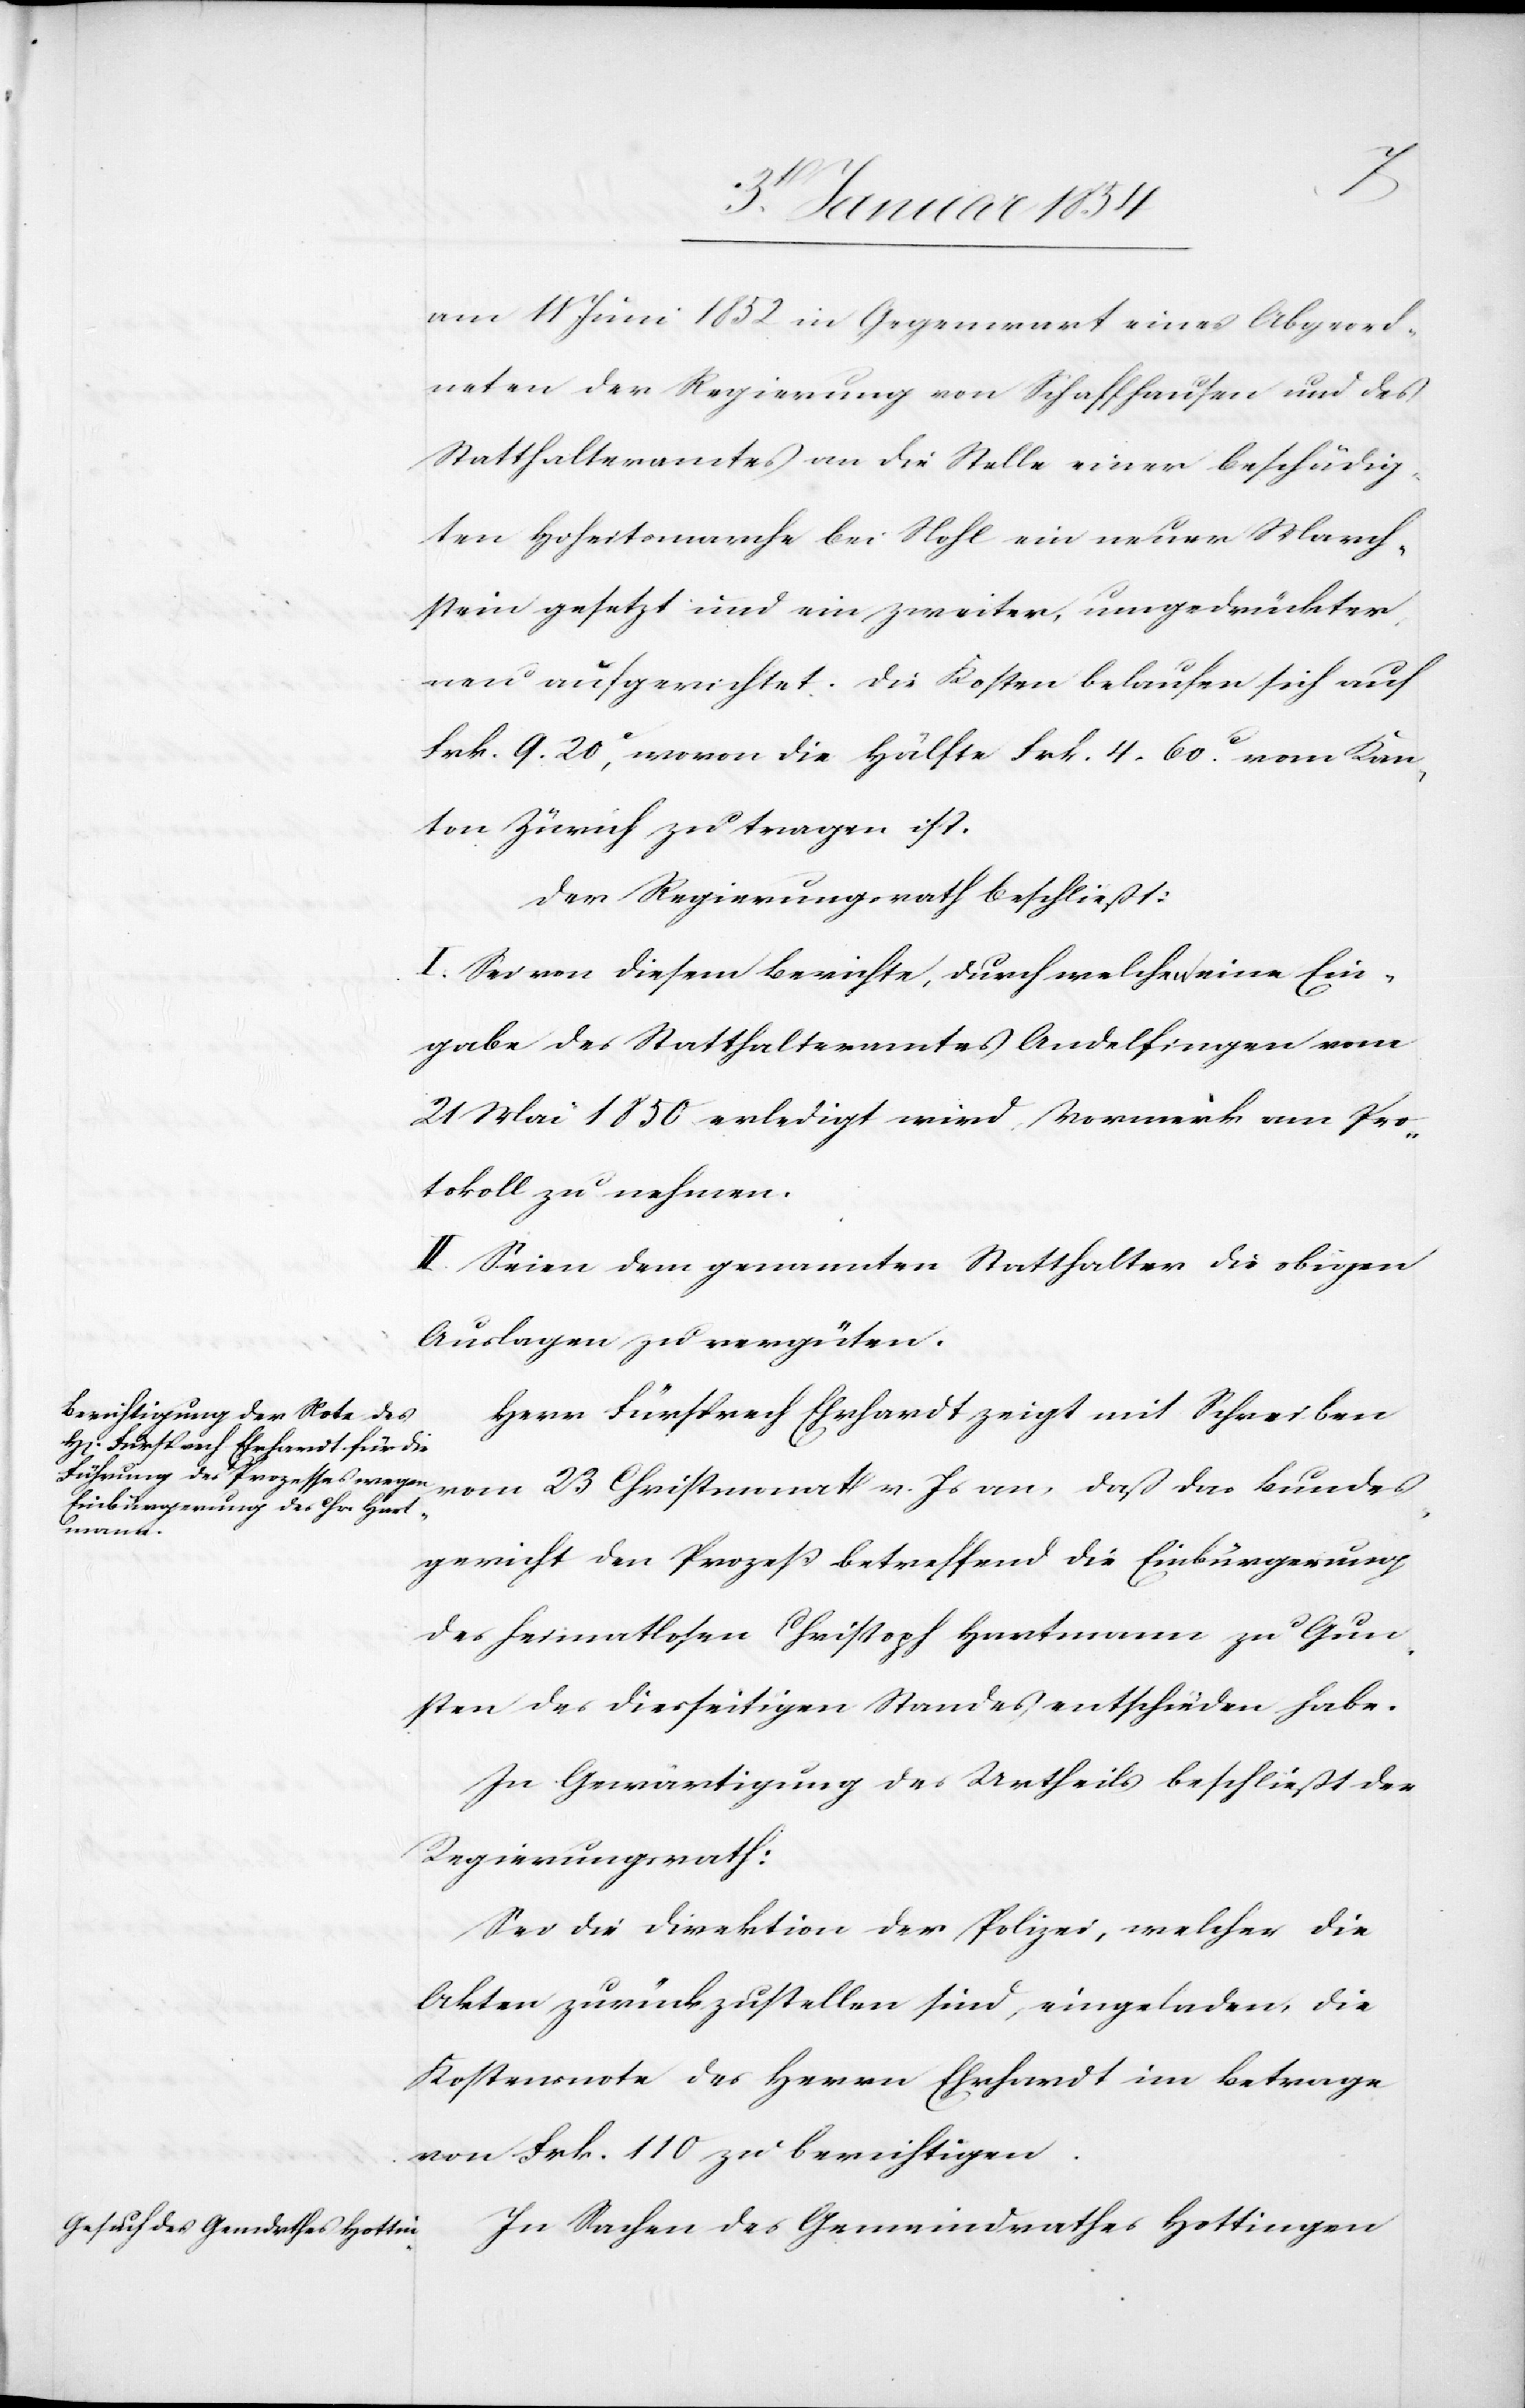
am 11. Juni 1852 in Gegenwart eines Abgeord¬
neten der Regierung von Schaffhausen und des
Statthalteramtes an die Stelle einer beschädig¬
ten Hoheitsmarche bei Nohl ein neuer March¬
stein gesetzt und ein zweiter, umgedrückter
neu aufgerichtet: Die Kosten belaufen sich auf
Frk. 9. 20[?c], wovon die Hälfte Frk. 4. 60.[?c] vom Kan¬
ton Zürich zu tragen ist.
Der Regierungsrath beschließt:
I. Sei von diesem Berichte, durch welchen eine Ein¬
gabe des Statthalteramtes Andelfingen vom
21 Mai 1850 erledigt wird, Vormerk am Pro¬
tokoll zu nehmen.
II. Seien dem genannten Statthalter die obigen
Auslagen zu vergüten.
Herr Fürsprech Ehrhardt zeigt mit Schreiben
vom 23 Christmonat v. Js an, daß das Bundes¬
gericht den Prozeß betreffend die Einbürgerung
des heimathlosen Christoph Hartmann zu Gun¬
sten des diesseitigen Standes entschieden habe.
In Gewärtigung des Urtheils beschließt der
Regierungsrath:
Sei die Direktion der Polizei, welcher die
Akten zurückzustellen sind, eingeladen, die
Kostensnote des Herrn Ehrhardt im Betrage
von Frk. 110 zu berichtigen.
In Sachen des Gemeindrathes Hottingen